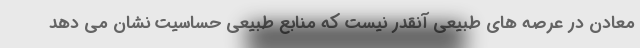
معادن در عرصه های طبیعی آنقدر نیست که منابع طبیعی حساسیت نشان می دهد